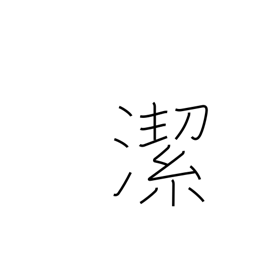
Meaning: pure